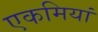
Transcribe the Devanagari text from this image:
एकमियां